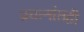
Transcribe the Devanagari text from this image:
प्रयत्‍नांतही